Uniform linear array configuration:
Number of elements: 16
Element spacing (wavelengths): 0.5
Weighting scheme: hamming
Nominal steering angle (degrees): -45
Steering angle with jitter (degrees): -46.02
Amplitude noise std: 0.05
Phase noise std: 0.05

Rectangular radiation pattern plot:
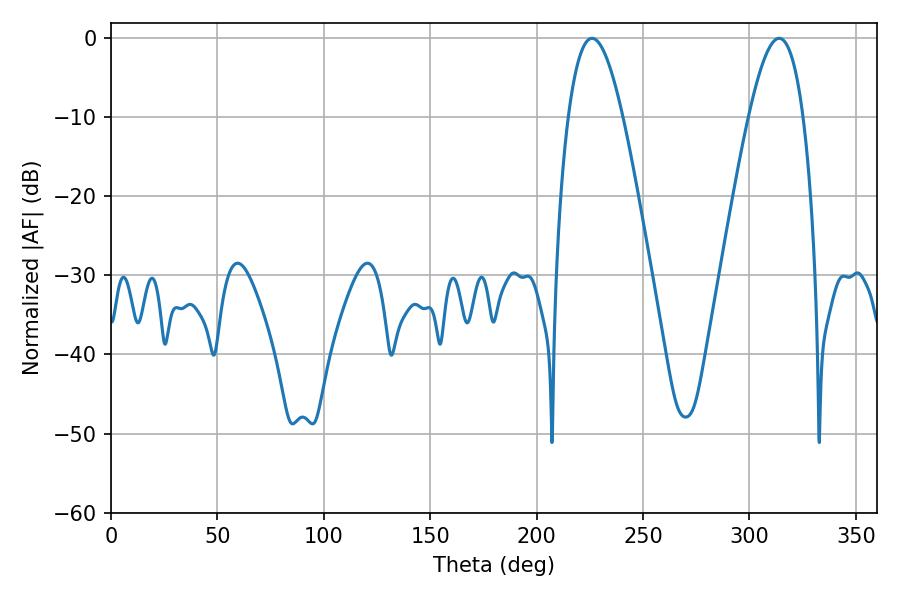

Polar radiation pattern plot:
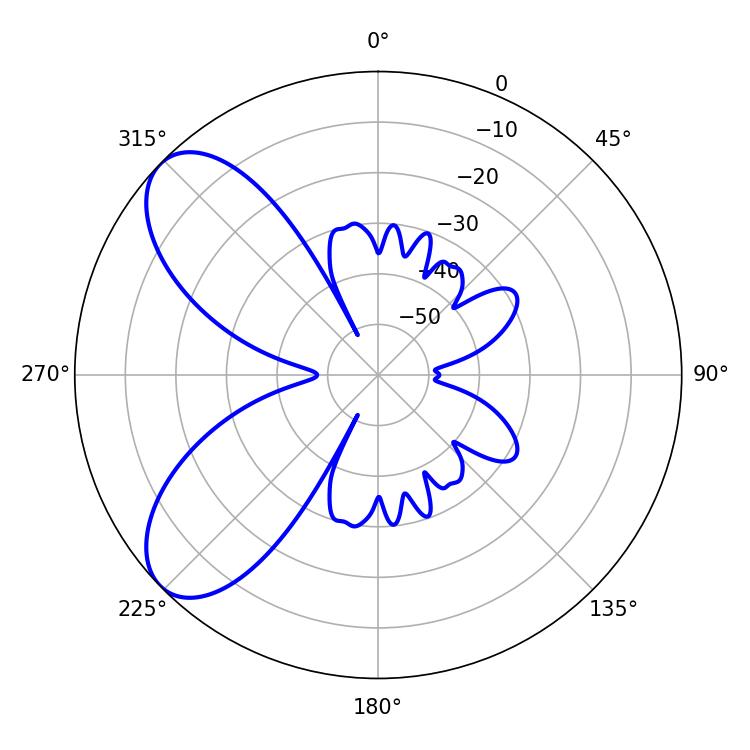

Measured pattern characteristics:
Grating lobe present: FALSE
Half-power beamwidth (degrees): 13.86
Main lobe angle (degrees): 226.08